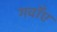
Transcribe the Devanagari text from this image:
गवाँए